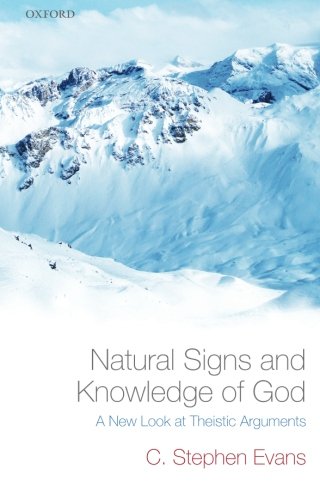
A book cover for Natural Signs and Knowledge of God: A New Look at Theistic Arguments; C. Stephen Evans; Religion & Spirituality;